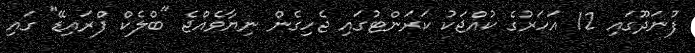
ފުނަދޫގައި 12 އަހަރުގެ ކުއްޖަކު ކަރަންޓުގައި ޖެހިގެން ނިޔާވެއްޖެ "ބްލެކް ފްރައިޑޭ" ގައި